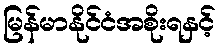
မြန်မာနိုင်ငံအစိုးရနှင့်